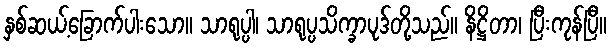
နှစ်ဆယ့်ခြောက်ပါးသော။ သာရုပ္ပါ၊ သာရုပ္ပသိက္ခာပုဒ်တို့သည်။ နိဋ္ဌိတာ၊ ပြီးကုန်ပြီ။